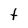
Character: t